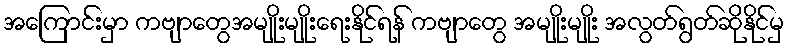
အကြောင်းမှာ ကဗျာတွေအမျိုးမျိုးရေးနိုင်ရန် ကဗျာတွေ အမျိုးမျိုး အလွတ်ရွတ်ဆိုနိုင်မှ